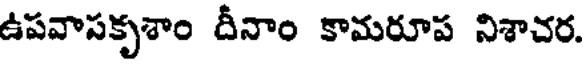
ఉపవాసకృశాం దీనాం కామరూప నిశాచర.